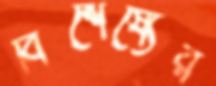
বিশেষ্যের